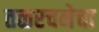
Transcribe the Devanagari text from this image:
तळरचनेचा